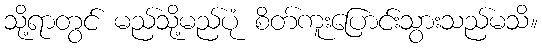
သို့ရာတွင် မည်သို့မည်ပုံ စိတ်ကူးပြောင်းသွားသည်မသိ။